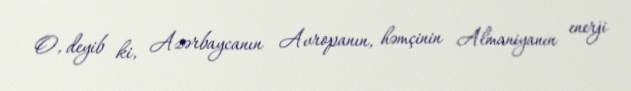
O, deyib ki, Azərbaycanın Avropanın, həmçinin Almaniyanın enerji